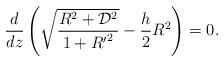
LaTeX: \begin{align*}{d\over dz}\left(\sqrt{R^2 + {\cal D}^2\over 1 + {R'}^2}- {h\over 2} R^2\right) =0.\end{align*}